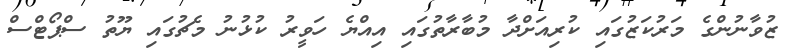
ޒުވާނުންގެ މަރުކަޒުގައި ކުރިއަށްދާ މުބާރާތުގައި އިއްޔެ ހަވީރު ކުޅުނު މެޗުގައި ޔޫތު ސްޕޯޓްސް